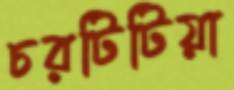
চরটিটিয়া